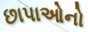
છાપાઓનો